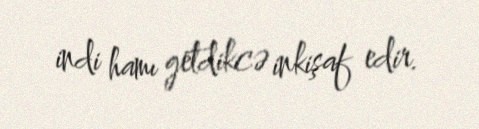
indi hamı getdikcə inkişaf edir.